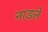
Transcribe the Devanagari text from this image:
नाडले